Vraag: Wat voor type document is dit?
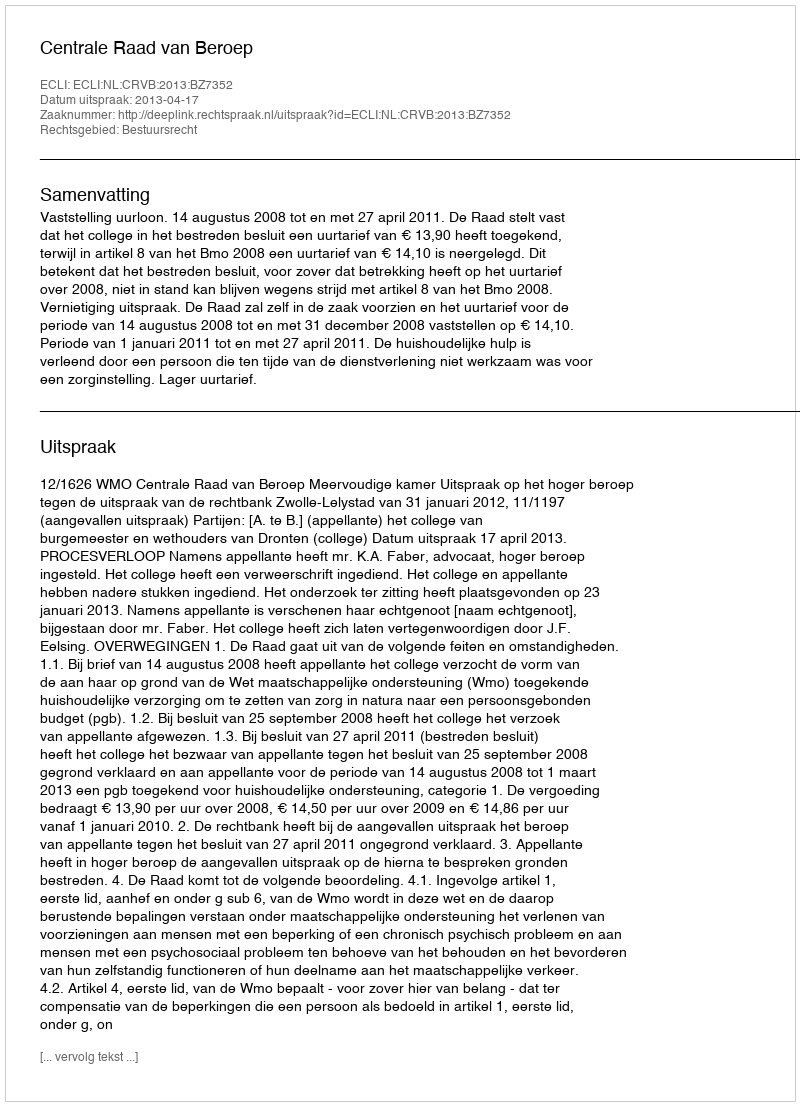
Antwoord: Uitspraak